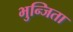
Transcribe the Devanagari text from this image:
भुन्जिता